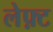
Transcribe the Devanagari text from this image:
लेफ़्ट